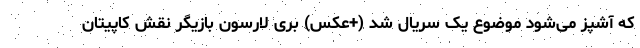
که آشپز می‌شود موضوع یک سریال شد (+عکس) بری لارسون بازیگر نقش کاپیتان